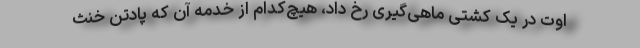
اوت در یک کشتی ماهی‌گیری رخ داد، هیچ‌کدام از خدمه آن که پادتن خنث